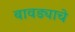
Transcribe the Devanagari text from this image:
बावड्याचे